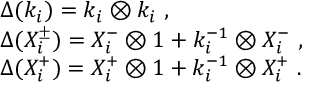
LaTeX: \begin{array} { r c l } { { } } & { { } } & { { \Delta ( k _ { i } ) = k _ { i } \otimes k _ { i } ~ , } } \\ { { } } & { { } } & { { \Delta ( X _ { i } ^ { \pm } ) = X _ { i } ^ { - } \otimes 1 + k _ { i } ^ { - 1 } \otimes X _ { i } ^ { - } ~ , } } \\ { { } } & { { } } & { { \Delta ( X _ { i } ^ { + } ) = X _ { i } ^ { + } \otimes 1 + k _ { i } ^ { - 1 } \otimes X _ { i } ^ { + } ~ . } } \end{array}